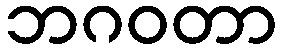
ဘဂဝတာ